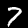
Label: 7